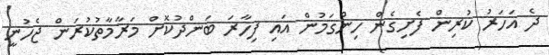
ދެ އަހަރު ކުރިން ފެށިގެން ހިންގަމުން އައި ފިހާރަ ބަންދުކޮށް މަރާމާތުކުރަން ޖެހުނީ